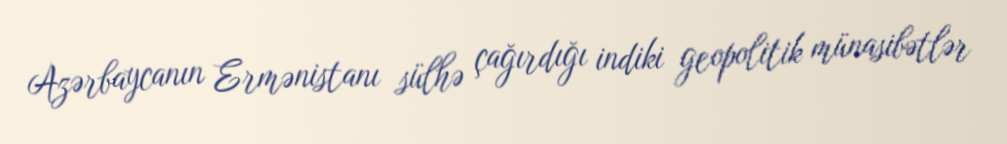
Azərbaycanın Ermənistanı sülhə çağırdığı indiki geopolitik münasibətlər